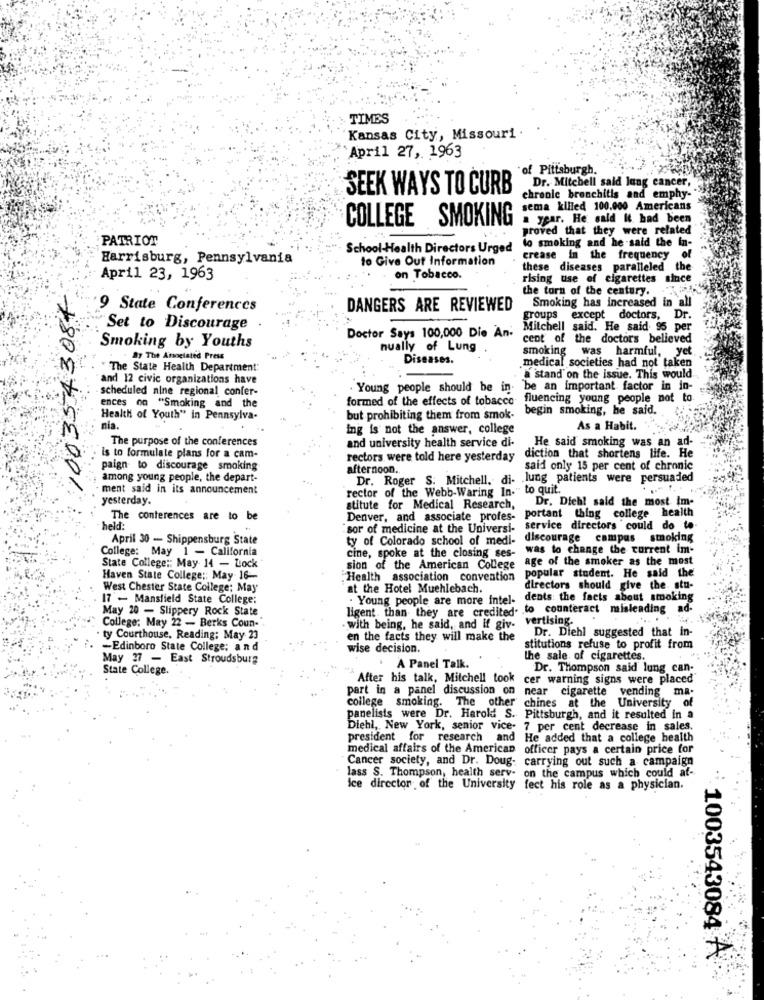
TIMES
Kansas City, Missouri .
April 27, 1963
of Pittsburgh.
SEEK WAYS TO CURB
Dr. Mitchell sald lung cancer,
chronle bronchitis and emphy-
sema killed 100.000 Americans
COLLEGE SMOKING
year. He said it had been
proved that they were related
PATRIOT
lo smoking and he said the in-
School-Health Directors Urged
Harrisburg, Pennsylvania
to Give Out Information
crease in the frequency of
these diseases paralleled the
April 23, 1963
on Tobacco.
rising use of cigarettes since
1003543087
the torn of the century.
Smoking has increased in all
9 State Conferences
DANGERS ARE REVIEWED
groups except doctors, Dr.
Set to Discourage
Mitchell said. He said 95 per
Smoking by Youths
Doctor Says 100,000 Die An:
cent of the doctors believed
nually of Lung
By The Annelated Press
Diseases.
smoking was harmful, yet
" The State Health Department:
medical societies had not taken
and 12 civic organizations have
a stand on the issue. This would
scheduled nine regional confer-
. Young people should be in- be an important factor in in-
ences on "Smoking and the
formed of the effects of tobacco
fluencing young people not to
begin smoking, he said.
Health of Youth" in Pennsylva-
but prohibiting them from smok-
nia.
ing is not the answer, college
As a Habit.
The purpose of the conferences
and university health service di-
He said smoking was an ad-
is to formulate plans for a cam-
rectors were told here yesterday
diction that shortens life. He
paign to discourage smoking
afternoon.
said only 15 per cent of chronic
among young people, the depart-
Dr. Roger S: Mitchell, di- lung patients were persuaded
ment said in its announcement
rector of the Webb-Waring In." to quit.
yesterday.
Dr. Dich! said the most Im-
stitute for Medical Research,
Denver, and associate profes- portant thing college health
The conferences are to be
- held :
"sor of medicine at the Universi-
service directors could do to
April 30 - Shippensburg State
ty of Colorado school of medi-
discourage campus smoking
College: May 1 - California
cine, spoke at the closing ses-
was to change the current im-
age of the smoker as the most
State College :: May 14 - Lock
sion of the American College
popular student. He said the
Haven State College: May 16-
.Health association convention
West Chester State College; May
at the Hotel Muehlebach.
directors should give the. stu-
17 - Mansfield State College:
. Young people are more intel-
dents: the facts about smoking
May 20 - Slippery Rock State
ligent. than they are credited. to counteract misleading ad-
vertising.
College; May 22 - Berks Coun-
. with being, he said, and if giv- V
Dr. Diehl suggested that in-
ty Courthouse, Reading; May 23
en the facts they will make the
-Edinboro State College; and
wise decision.
stitutions refuse to profit from
May 27 - East Stroudsburg
the sale. of cigarettes.
State College.
A Panel Talk.
Dr. Thompson said lung can-
After his talk, Mitchell took cer warning signs were placed
part in a panel discussion on
near cigarette vending ma-
college smoking. The other chines at the University of
panelists were Dr. Harold S. Pittsburgh, and it resulted in a
Diehl, New York, senior vice- 7 per cent decrease in sales.
president for research and He added that a college health
medical affairs of the American
officer pays a certain price for
Cancer society, and Dr. Doug-
carrying out such a campaign
lass S. Thompson, health serv- on the campus which could at-
ice director of the University fect his role as a physician.
1003543084 A